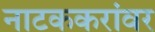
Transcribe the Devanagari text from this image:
नाटककरांवर